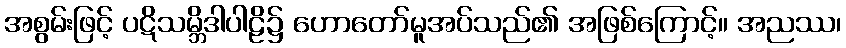
အစွမ်းဖြင့် ပဋိသမ္ဘိဒါပါဠိ၌ ဟောတော်မူအပ်သည်၏ အဖြစ်ကြောင့်။ အညဿ၊